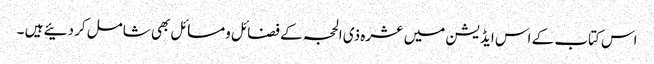
اس کتاب کے اس ایڈیشن میں عشرہ ذی الحجہ کے فضائل ومسائل بھی شامل کردئیے ہیں ۔